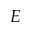
E